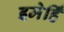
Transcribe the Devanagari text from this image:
इमेहिँ